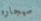
سيجاره